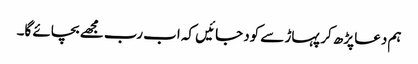
ہم دعا پڑھ کر پہاڑ سے کود جائیں کہ اب رب مجھے بچائے گا۔